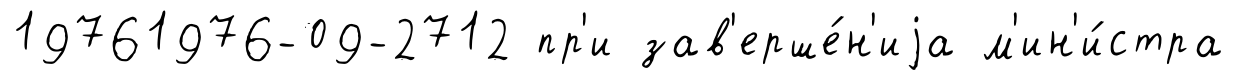
19761976-09-2712 пр'и зав'ерше́н'иjа м'ин'и́стра